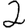
Digit: 2